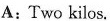
A:Two kilos.